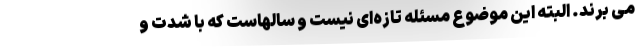
می برند. البته این موضوع مسئله تازه‌ای نیست و سالهاست که با شدت و